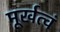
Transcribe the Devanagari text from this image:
मूर्खत्वं